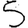
Digit: 5